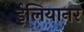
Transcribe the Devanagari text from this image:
ईलियानर